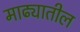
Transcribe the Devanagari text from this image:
माढ्यातील